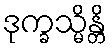
ဒုက္ခသ္မိန္တိ